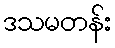
ဒသမတန်း